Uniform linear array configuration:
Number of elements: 48
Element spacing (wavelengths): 1
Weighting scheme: hamming
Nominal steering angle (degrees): -30
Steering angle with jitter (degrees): -28.371
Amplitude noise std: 0.05
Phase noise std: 0.05

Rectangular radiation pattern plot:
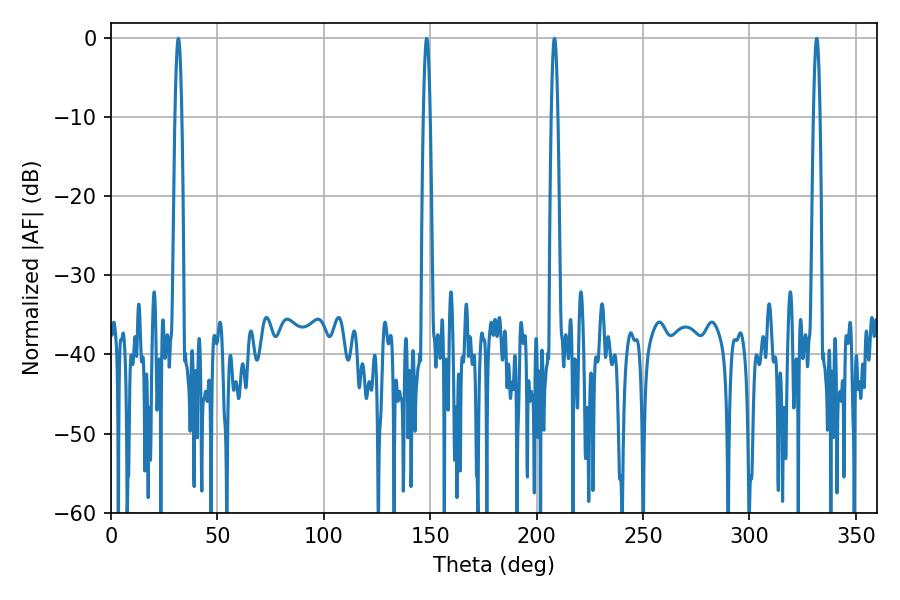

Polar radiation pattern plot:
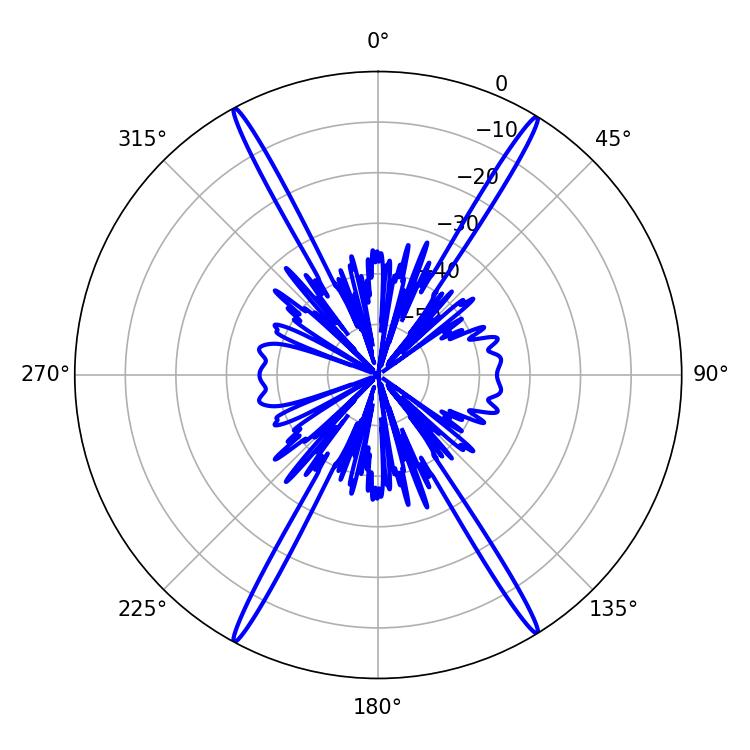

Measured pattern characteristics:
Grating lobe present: TRUE
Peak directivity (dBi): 26.578
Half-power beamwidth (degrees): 1.62
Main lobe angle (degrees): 31.68